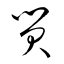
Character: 貿